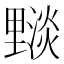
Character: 𨤵